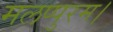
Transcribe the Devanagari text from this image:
मलप्पुरम।